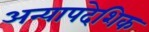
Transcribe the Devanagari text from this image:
अन्यापदेशिक